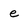
Character: e